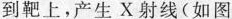
到靶上，产生X射线(如图